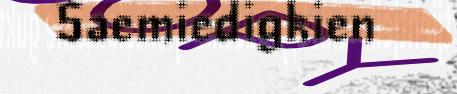
Saemiedigkien